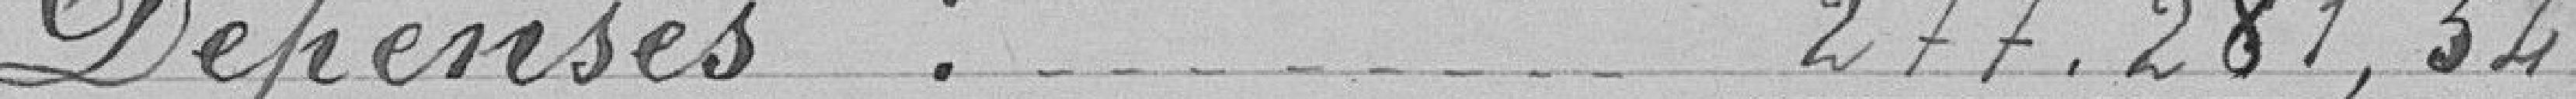
Dépenses : 277 281.34 francs